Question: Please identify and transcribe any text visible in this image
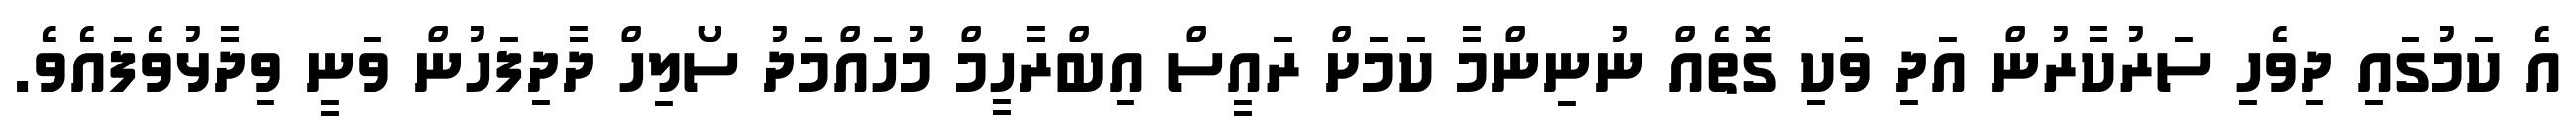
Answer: އެ ކަމުގައި ދިވެހި ސަރުކާރުން އަދި ވަކި ގޮތެއް ނުނިންމާ ކަމަށް ރައީސް އިބްރާހީމް މުހައްމަދު ސޯލިހް ދާދިފަހުން ވަނީ ވިދާޅުވެފައެވެ.